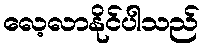
လေ့လာနိုင်ပါသည်